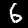
Digit: 6